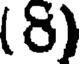
(6)